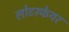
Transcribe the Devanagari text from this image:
लोटस्फेयर